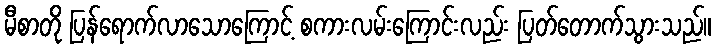
မီစာတို ပြန်ရောက်လာသောကြောင့် စကားလမ်းကြောင်းလည်း ပြတ်တောက်သွားသည်။